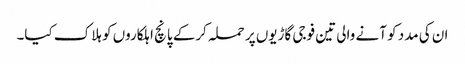
ان کی مدد کو آنے والی تین فوجی گاڑیوں پر حملہ کرکے پانچ اہلکاروں کو ہلاک کیا۔